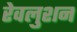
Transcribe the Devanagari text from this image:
रेवलुशन